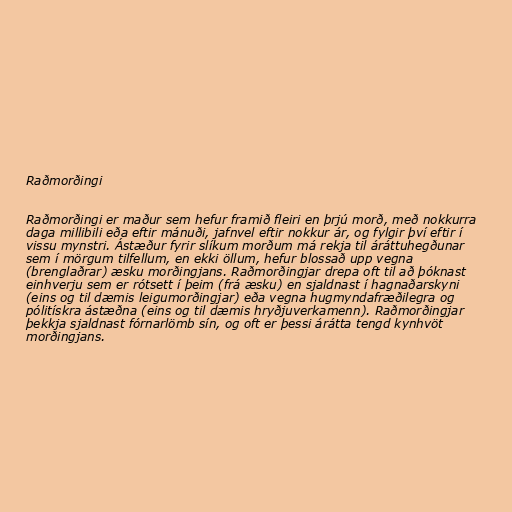
Raðmorðingi

Raðmorðingi er maður sem hefur framið fleiri en þrjú morð, með nokkurra
daga millibili eða eftir mánuði, jafnvel eftir nokkur ár, og fylgir því eftir í
vissu mynstri. Ástæður fyrir slíkum morðum má rekja til áráttuhegðunar
sem í mörgum tilfellum, en ekki öllum, hefur blossað upp vegna
(brenglaðrar) æsku morðingjans. Raðmorðingjar drepa oft til að þóknast
einhverju sem er rótsett í þeim (frá æsku) en sjaldnast í hagnaðarskyni
(eins og til dæmis leigumorðingjar) eða vegna hugmyndafræðilegra og
pólitískra ástæðna (eins og til dæmis hryðjuverkamenn). Raðmorðingjar
þekkja sjaldnast fórnarlömb sín, og oft er þessi árátta tengd kynhvöt
morðingjans.